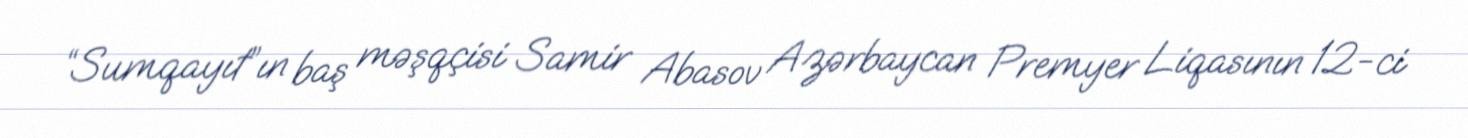
“Sumqayıt”ın baş məşqçisi Samir Abasov Azərbaycan Premyer Liqasının 12-ci